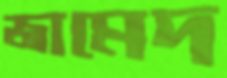
জামেদ